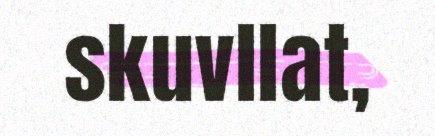
skuvllat,